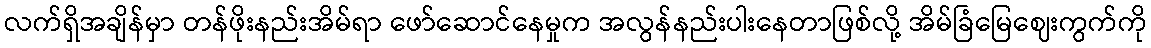
လက်ရှိအချိန်မှာ တန်ဖိုးနည်းအိမ်ရာ ဖော်ဆောင်နေမှုက အလွန်နည်းပါးနေတာဖြစ်လို့ အိမ်ခြံမြေဈေးကွက်ကို